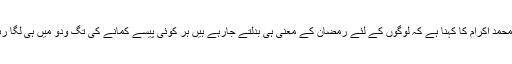
مولانا محمد اکرام کا کہنا ہے کہ لوگوں کے لئے رمضان کے معنی ہی بدلتے جارہے ہیں ہر کوئی پیسے کمانے کی تگ ودو میں ہی لگا رہتا ہے۔